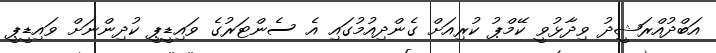
އަބްދުއްރަޝީދު ވިދާޅުވީ ކޭމްޕު ކުރިއަށް ގެންދިއުމުގައި އެ ސެންޓަރުގެ ވައިޑީޕީ ކުދިންނަށް ވައިޑީޕީ